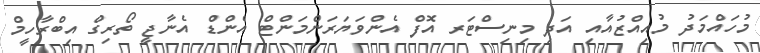
މުހައްމަދު މުއިއްޒުއާއި އަދި މިނިސްޓަރ އޮފް އެންވަޔަރަންމަންޓް އެންޑް އެނާޖީ ތޯރިގް އިބްރާހީމް